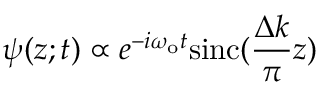
\psi ( z ; t ) \propto e ^ { - i \omega _ { \mathrm { o } } t } \mathrm { s i n c } ( \frac { \Delta k } { \pi } z )